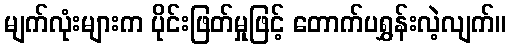
မျက်လုံးများက ပိုင်းဖြတ်မှုဖြင့် တောက်ပရွှန်းလဲ့လျက်။